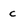
Character: c